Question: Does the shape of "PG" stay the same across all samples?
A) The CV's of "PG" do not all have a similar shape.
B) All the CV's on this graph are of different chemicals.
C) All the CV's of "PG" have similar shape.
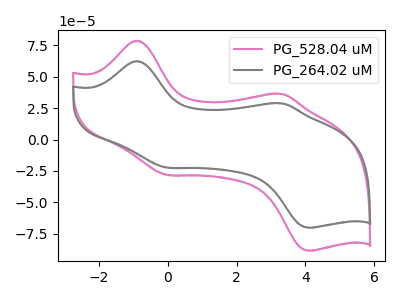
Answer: <think>The pink curve "PG_528.04 uM" has anodic peaks at (-0.95V, 78.70uA) (3.30V, 36.35uA) and cathodic peaks at (0.00V, -28.15uA) (4.10V, -88.50uA). The gray curve "PG_264.02 uM" has anodic peaks at (-0.95V, 62.40uA) (3.30V, 28.85uA) and cathodic peaks at (0.00V, -22.35uA) (4.10V, -70.20uA).
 All the peaks in "PG_528.04 uM" have a peak in "PG_264.02 uM" at the same potential. Every peak in "PG_528.04 uM" is higher than every peak in "PG_264.02 uM".</think>
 <answer>C) All the CV's of "PG" have similar shape.</answer>
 <eval>C</eval>